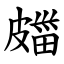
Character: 㿳